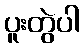
ပူးတွဲပါ